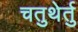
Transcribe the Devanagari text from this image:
चतुथेर्तु